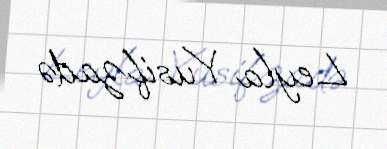
Leyla Yusifzadə